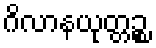
ဂိလာနယုတ္တဉ္စ